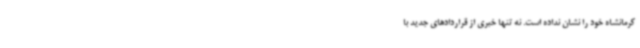
کرمانشاه خود را نشان نداده است. نه تنها خبری از قراردادهای جدید با